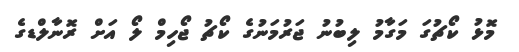
މޮޅު ކޯޗުގަ މަގާމު ލިބުނު ޖަރުމަނުގެ ކޯޗު ޖޯހިމް ލޯ އަށް ރޮނާލްޑގެ